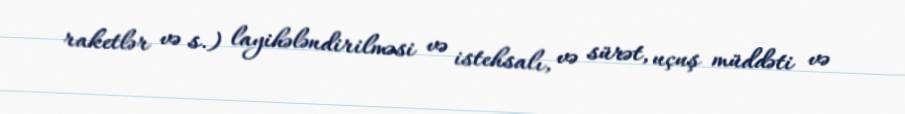
raketlər və s.) layihələndirilməsi və istehsalı, və sürət, uçuş müddəti və